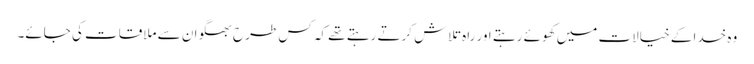
وہ خدا کے خیالات میں کھوئے رہتے اور راہ تلاش کرتے رہتے تھے کہ کس طرح بھگوان سے ملاقات کی جائے۔